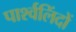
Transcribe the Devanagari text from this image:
पार्श्वलिंदों